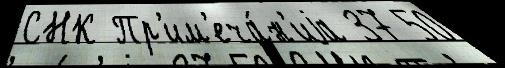
СНК Пр'им'еча́н'иjа 37 50